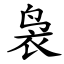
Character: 袅